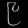
Digit: ၉